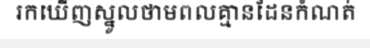
រកឃើញស្នូលថាមពលគ្មានដែនកំណត់